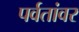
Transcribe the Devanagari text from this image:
पर्वतांवर